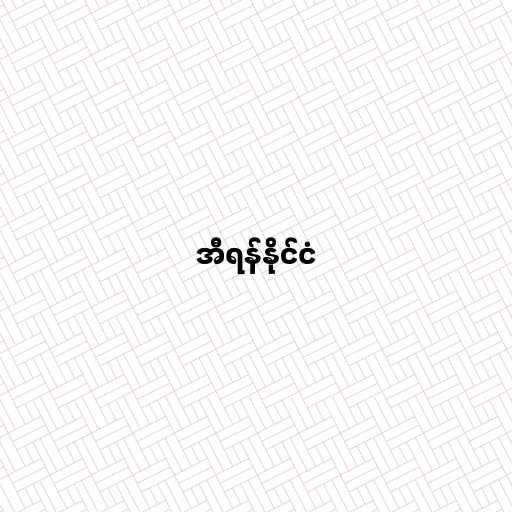
အီရန်နိုင်ငံ